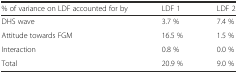
<table><thead><tr><td><b>% of variance on LDF accounted for by</b></td><td><b>LDF 1</b></td><td><b>LDF 2</b></td></tr></thead><tbody><tr><td>DHS wave</td><td>3.7 %</td><td>7.4 %</td></tr><tr><td>Attitude towards FGM</td><td>16.5 %</td><td>1.5 %</td></tr><tr><td>Interaction</td><td>0.8 %</td><td>0.0 %</td></tr><tr><td>Total</td><td>20.9 %</td><td>9.0 %</td></tr></tbody></table>